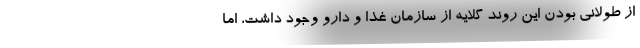
از طولانی بودن این روند گلایه از سازمان غذا و دارو وجود داشت، اما